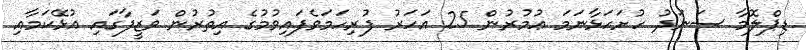
ޑިޕްލޮމާ ސަނަދު ހުށަހަޅާނަމަ ޢުމުރުން 25 އަހަރު ފުރިހަމަވެފައިވުމުގެ އިތުރުން ވަޒީފާގައި އުޅޭކަމާއި